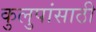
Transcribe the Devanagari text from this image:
कुलुपांसाठी